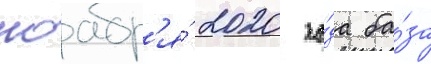
ноабр'я́ 2020 го́да ба́за